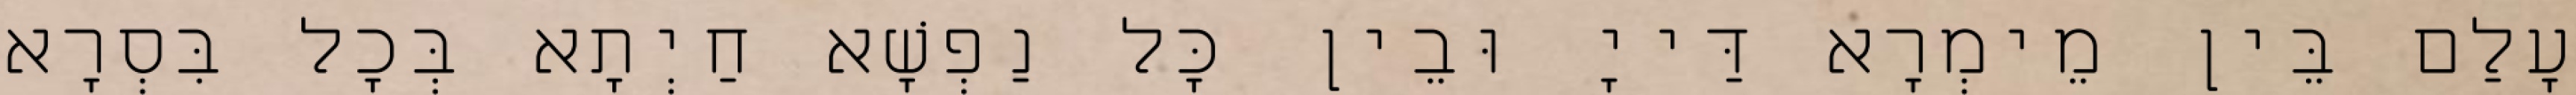
עָלַם בֵּין מֵימְרָא דַּייָ וּבֵין כָּל נַפְשָׁא חַיְתָא בְּכָל בִּסְרָא